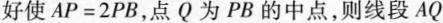
好使 $$A P = 2 P B$$,点Q为 PB 的中点,则线段AQ